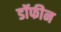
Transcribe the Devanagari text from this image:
डॉफीन